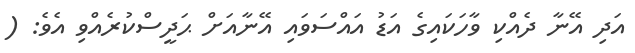
އަދި އޭނާ ދެއްކި ވާހަކައިގެ އަޑު އައްސަވައި އޭނާއަށް ޙަދީސްކުރެއްވި އެވެ: (